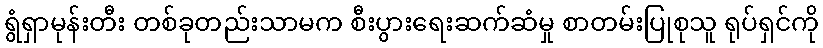
ရွံရှာမုန်းတီး တစ်ခုတည်းသာမက စီးပွားရေးဆက်ဆံမှု စာတမ်းပြုစုသူ ရုပ်ရှင်ကို